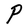
Character: P